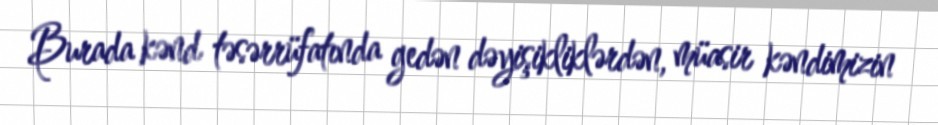
Burada kənd təsərrüfatında gedən dəyişikliklərdən, müasir kəndimizin